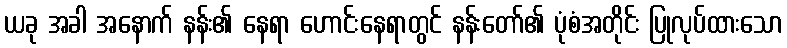
ယခု အခါ အနောက် နန်း၏ နေရာ ဟောင်းနေရာတွင် နန်းတော်၏ ပုံစံအတိုင်း ပြုလုပ်ထားသော